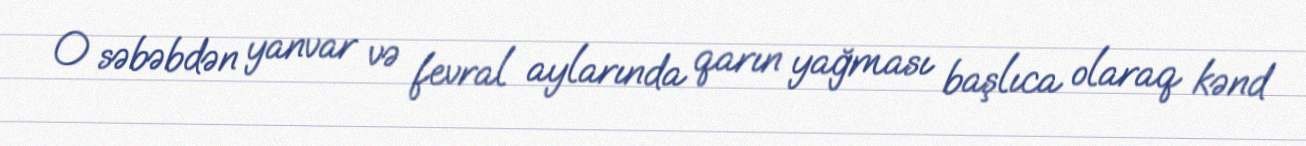
O səbəbdən yanvar və fevral aylarında qarın yağması başlıca olaraq kənd